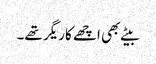
بیٹے بھی اچھے کاریگر تھے۔